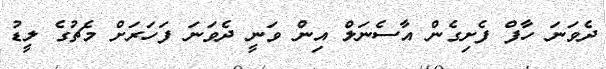
ދެވަނަ ހާފް ފެށިގެން އާސެނަލް އިން ވަނީ ދެވަނަ ފަހަރަށް މެޗުގެ ލީޑު